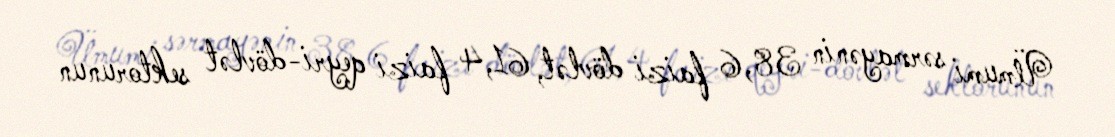
Ümumi sərmayənin 38,6 faizi dövlət, 61,4 faizi qeyri-dövlət sektorunun